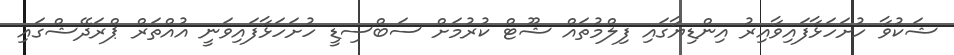
ޝަކުވާ ހުށަހަޅާފައިވާއިރު އިންޑިޔާގައި ފިލްމުތައް ޝޫޓް ކުރުމަށް ސަބްސިޑީ ހުށަހަޅާފައިވަނީ އުއްތަރް ޕްރަދޭޝްގައި